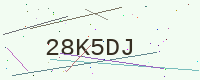
Text: 28K5DJ